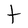
Character: t